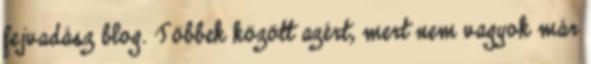
fejvadász blog. Többek között azért, mert nem vagyok már